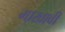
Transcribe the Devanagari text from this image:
माखावी